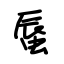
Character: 蜃